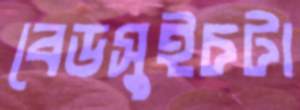
বেডসুইচটা